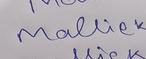
Signature authenticity: genuine